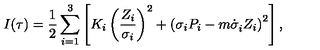
I ( \tau ) = \frac 1 { 2 } \sum _ { i = 1 } ^ { 3 } \left[ K _ { i } \left( \frac { Z _ { i } } { \sigma _ { i } } \right) ^ { 2 } + \left( \sigma _ { i } P _ { i } - m \dot { \sigma } _ { i } ^ { } Z _ { i } \right) ^ { 2 } \right] ,